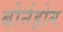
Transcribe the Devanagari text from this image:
बोर्नहोम